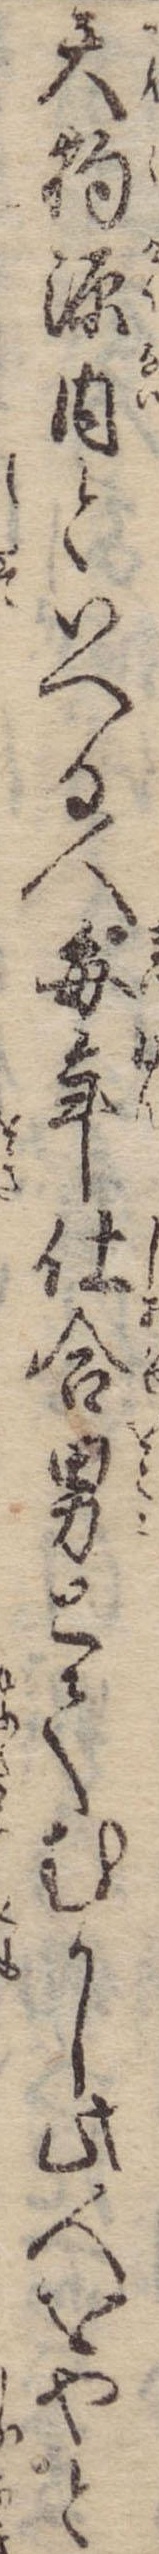
天狗源内といへる人毎年仕合男とてむかし此人をやと